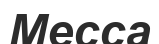
Месса